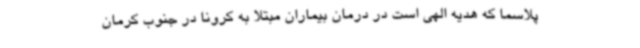
پلاسما که هدیه الهی است در درمان بیماران مبتلا به کرونا در جنوب کرمان